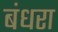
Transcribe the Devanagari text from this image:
बंधरा